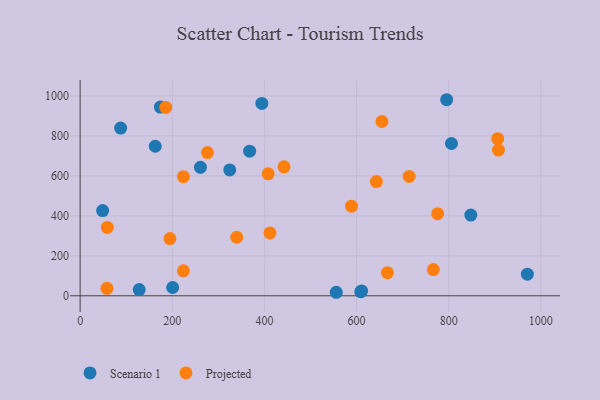
{"axis": {"x": "Speed", "y": "Demand"}, "legend": ["Projected", "Scenario 1"], "data": [{"x": "324.7", "y": 629.7, "type": "Scenario 1"}, {"x": "174.0", "y": 944.2, "type": "Scenario 1"}, {"x": "48.8", "y": 426.1, "type": "Scenario 1"}, {"x": "795.5", "y": 980.9, "type": "Scenario 1"}, {"x": "555.9", "y": 17.6, "type": "Scenario 1"}, {"x": "970.7", "y": 108.4, "type": "Scenario 1"}, {"x": "200.8", "y": 41.4, "type": "Scenario 1"}, {"x": "261.1", "y": 642.7, "type": "Scenario 1"}, {"x": "609.1", "y": 20.4, "type": "Scenario 1"}, {"x": "367.9", "y": 723.5, "type": "Scenario 1"}, {"x": "87.9", "y": 839.3, "type": "Scenario 1"}, {"x": "163.0", "y": 748.1, "type": "Scenario 1"}, {"x": "847.9", "y": 403.9, "type": "Scenario 1"}, {"x": "394.4", "y": 962.6, "type": "Scenario 1"}, {"x": "805.9", "y": 762.0, "type": "Scenario 1"}, {"x": "128.2", "y": 30.9, "type": "Scenario 1"}, {"x": "611.0", "y": 24.2, "type": "Scenario 1"}, {"x": "339.9", "y": 293.0, "type": "Projected"}, {"x": "185.9", "y": 942.4, "type": "Projected"}, {"x": "588.9", "y": 448.2, "type": "Projected"}, {"x": "276.3", "y": 716.4, "type": "Projected"}, {"x": "412.0", "y": 314.5, "type": "Projected"}, {"x": "775.9", "y": 410.4, "type": "Projected"}, {"x": "194.9", "y": 286.1, "type": "Projected"}, {"x": "655.0", "y": 872.0, "type": "Projected"}, {"x": "224.1", "y": 124.8, "type": "Projected"}, {"x": "408.1", "y": 610.3, "type": "Projected"}, {"x": "714.1", "y": 597.4, "type": "Projected"}, {"x": "666.9", "y": 115.8, "type": "Projected"}, {"x": "442.5", "y": 645.4, "type": "Projected"}, {"x": "58.3", "y": 37.3, "type": "Projected"}, {"x": "59.0", "y": 342.2, "type": "Projected"}, {"x": "906.3", "y": 785.9, "type": "Projected"}, {"x": "224.1", "y": 595.9, "type": "Projected"}, {"x": "907.9", "y": 728.8, "type": "Projected"}, {"x": "766.6", "y": 131.1, "type": "Projected"}, {"x": "643.0", "y": 571.6, "type": "Projected"}]}